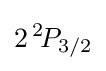
2\,^{2}\!P_{3/2}